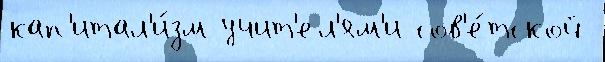
кап'итал'и́зм учит'ел'ям'и сов'е́тской